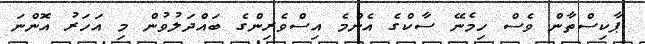
ޕާކިސްތާން ވެސް ހިމެނޭ ސާކްގެ އެންމެ އިސްވެރިންގެ ބައްދަލުވުން މި އަހަރު އޮންނަ